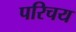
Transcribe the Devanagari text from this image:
परिचय